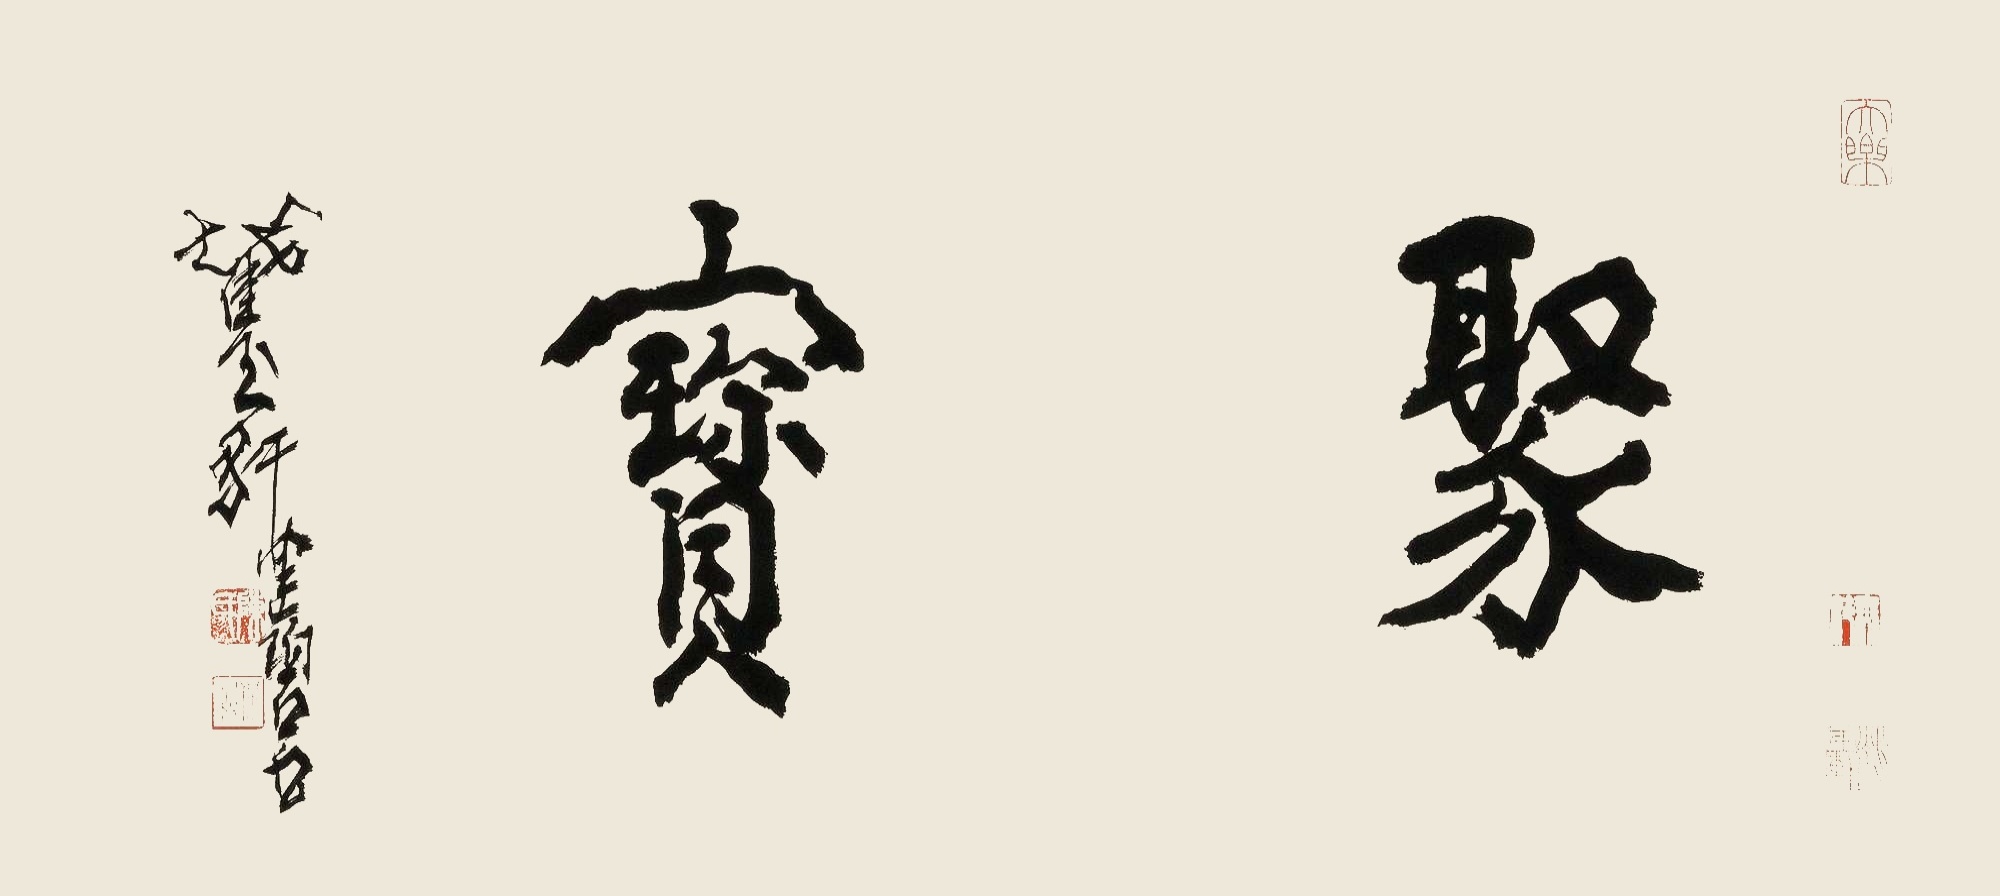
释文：聚宝。截玉轩健碧书。